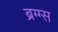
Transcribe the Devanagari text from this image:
ब्रग्ग्स